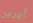
أيرين